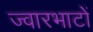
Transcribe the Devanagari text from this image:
ज्वारभाटों